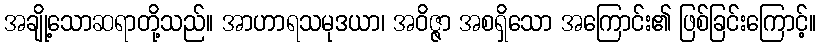
အချို့သောဆရာတို့သည်။ အာဟာရသမုဒယာ၊ အဝိဇ္ဇာ အစရှိသော အကြောင်း၏ ဖြစ်ခြင်းကြောင့်။